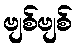
ဗျစ်ဗျစ်